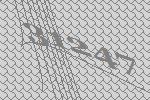
31247